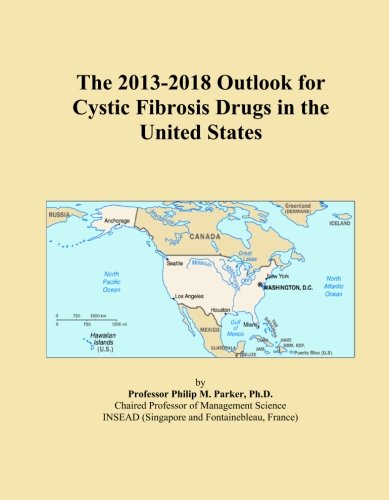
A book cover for The 2013-2018 Outlook for Cystic Fibrosis Drugs in the United States; Icon Group International; Health, Fitness & Dieting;